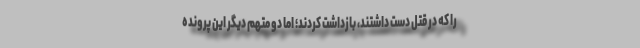
را که در قتل دست داشتند، بازداشت کردند؛ اما دو متهم دیگر این پرونده